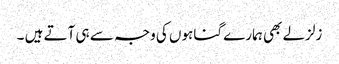
زلزلے بھی ہمارے گناہوں کی وجہ سے ہی آتے ہیں ۔